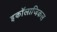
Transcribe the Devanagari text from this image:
इकॉलाजिकल